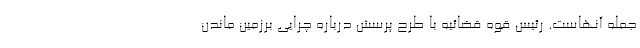
جمله آنهاست. رئیس قوه قضائیه با طرح پرسش درباره چرایی برزمین ماندن